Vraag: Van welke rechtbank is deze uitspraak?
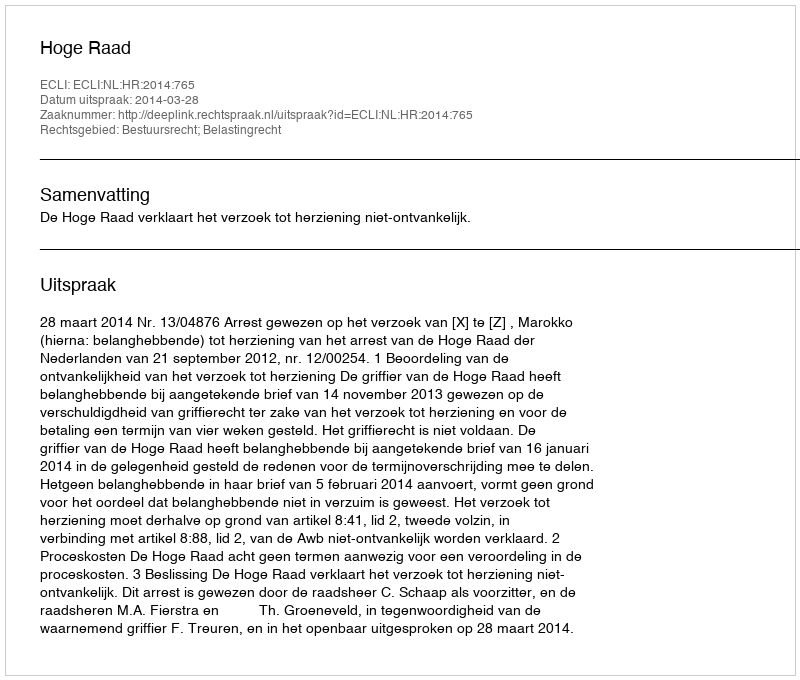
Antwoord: Hoge Raad